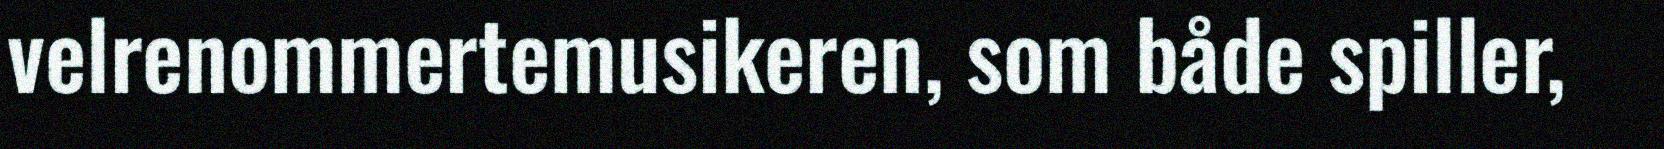
velrenommertemusikeren, som både spiller,